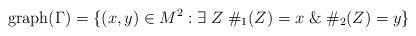
LaTeX: \begin{align*}\mathrm{graph}(\Gamma)=\{(x,y)\in M^{2}: \exists \; Z \; \#_{1}(Z)=x \; \& \; \#_{2}(Z)=y\}\end{align*}